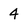
Character: 4